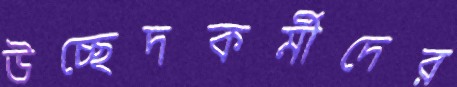
উচ্ছেদকর্মীদের